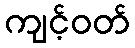
ကျင့်ဝတ်